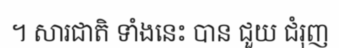
។ សារជាតិ ទាំងនេះ បាន ជួយ ជំរុញ